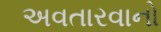
અવતારવાનો